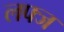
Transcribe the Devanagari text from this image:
लफ्ज